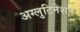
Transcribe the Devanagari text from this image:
अग्लुटिनेशन